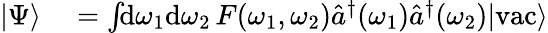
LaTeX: \begin{array}{rl}{|\Psi\rangle}&{{}=\int\! \! \mathrm{d}\omega_{1}\mathrm{d}\omega_{2}\, F(\omega_{1},\omega_{2})\hat{a}^{\dagger}(\omega_{1})\hat{a}^{\dagger}(\omega_{2})|\mathrm{vac}\rangle}\end{array}